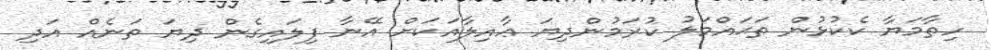
ހިތާމަޔާ ކެކުޅުން ތަޙައްމަލު ކުރަމުންދިޔަ ޢާއިލާއަކަށް އޭނާ ފިލައިގެން ދިޔަ ތަނެއް އަދި